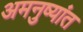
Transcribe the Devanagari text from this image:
अमनुष्यांत